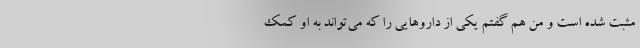
مثبت شده است و من هم گفتم یکی از دارو‌هایی را که می‌تواند به او کمک